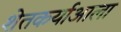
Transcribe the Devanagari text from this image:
शेतकर्याआला